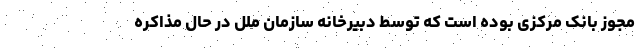
مجوز بانک مرکزی بوده است که توسط دبیرخانه سازمان ملل در حال مذاکره